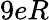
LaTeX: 9eR